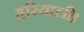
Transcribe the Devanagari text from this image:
हरियाली।